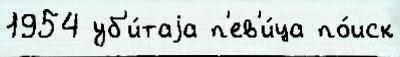
1954 уб'и́таjа п'ев'и́ца по́иск